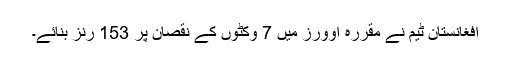
افغانستان ٹیم نے مقررہ اوورز میں 7 وکٹوں کے نقصان پر 153 رنز بنائے۔